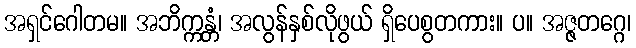
အရှင်ဂေါတမ။ အဘိက္ကန္တံ၊ အလွန်နှစ်လိုဖွယ် ရှိပေစွတကား။ ပ။ အဇ္ဇတဂ္ဂေ၊